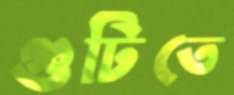
গুটিতে